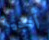
أحجية